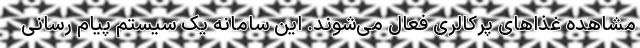
مشاهده غذاهای پرکالری فعال می‌شوند. این سامانه یک سیستم پیام رسانی